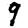
Digit: 9